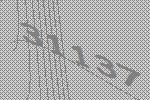
31137